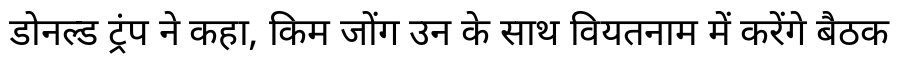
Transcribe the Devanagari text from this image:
डोनल्ड ट्रंप ने कहा, किम जोंग उन के साथ वियतनाम में करेंगे बैठक